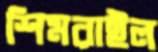
শিমরাইল